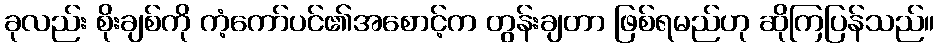
ခုလည်း စိုးချစ်ကို ကံ့ကော်ပင်၏အစောင့်က တွန်းချတာ ဖြစ်ရမည်ဟု ဆိုကြပြန်သည်။